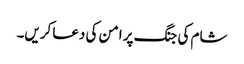
شام کی جنگ پر امن کی دعا کریں۔